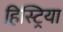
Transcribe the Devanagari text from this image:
हिस्ट्रिया